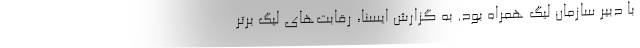
با دبیر سازمان لیگ همراه بود. به گزارش ایسنا، رقابت‌های لیگ برتر